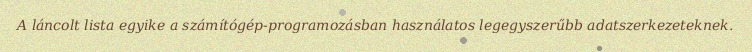
A láncolt lista egyike a számítógép-programozásban használatos legegyszerűbb adatszerkezeteknek.